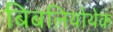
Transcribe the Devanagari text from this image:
बिबलियोथेक